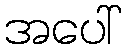
အပေါ်